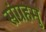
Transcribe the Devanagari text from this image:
संग्रहमु